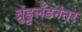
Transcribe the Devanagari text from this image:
ब्रुंड्टलँडनंतर